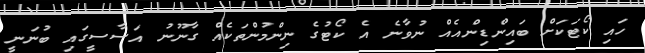
ހައި ކޯޓަކަށް ބައިންޑިންއެއް ނުވާނެ އެ ކޯޓުގެ ނިންމުންތަކެއް ގާނޫނު އަސާސީގައި ބުނަނީ